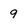
Character: 9